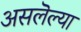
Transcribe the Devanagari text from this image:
असलॆल्या